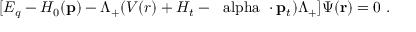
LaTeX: [ E _ { q } - H _ { 0 } ( { \bf p } ) - \Lambda _ { + } ( V ( r ) + H _ { t } - \mathrm { \boldmath ~ \ a l p h a ~ } \cdot { \bf p } _ { t } ) \Lambda _ { + } ] \Psi ( { \bf r } ) = 0 \ .